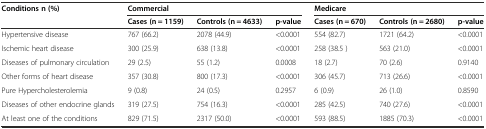
<table><thead><tr><td rowspan="2"><b>Conditions n (%)</b></td><td colspan="3"><b>Commercial</b></td><td colspan="3"><b>Medicare</b></td></tr><tr><td><b>Cases (n = 1159)</b></td><td><b>Controls (n = 4633)</b></td><td><b>p-value</b></td><td><b>Cases (n = 670)</b></td><td><b>Controls (n = 2680)</b></td><td><b>p-value</b></td></tr></thead><tbody><tr><td>Hypertensive disease</td><td>767 (66.2)</td><td>2078 (44.9)</td><td>&lt;0.0001</td><td>554 (82.7)</td><td>1721 (64.2)</td><td>&lt;0.0001</td></tr><tr><td>Ischemic heart disease</td><td>300 (25.9)</td><td>638 (13.8)</td><td>&lt;0.0001</td><td>258 (38.5 )</td><td>563 (21.0)</td><td>&lt;0.0001</td></tr><tr><td>Diseases of pulmonary circulation</td><td>29 (2.5)</td><td>55 (1.2)</td><td>0.0008</td><td>18 (2.7)</td><td>70 (2.6)</td><td>0.9140</td></tr><tr><td>Other forms of heart disease</td><td>357 (30.8)</td><td>800 (17.3)</td><td>&lt;0.0001</td><td>306 (45.7)</td><td>713 (26.6)</td><td>&lt;0.0001</td></tr><tr><td>Pure Hypercholesterolemia</td><td>9 (0.8)</td><td>24 (0.5)</td><td>0.2957</td><td>6 (0.9)</td><td>26 (1.0)</td><td>0.8590</td></tr><tr><td>Diseases of other endocrine glands</td><td>319 (27.5)</td><td>754 (16.3)</td><td>&lt;0.0001</td><td>285 (42.5)</td><td>740 (27.6)</td><td>&lt;0.0001</td></tr><tr><td>At least one of the conditions</td><td>829 (71.5)</td><td>2317 (50.0)</td><td>&lt;0.0001</td><td>593 (88.5)</td><td>1885 (70.3)</td><td>&lt;0.0001</td></tr></tbody></table>